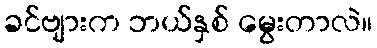
ခင်ဗျားက ဘယ်နှစ် မွေးတာလဲ။